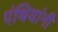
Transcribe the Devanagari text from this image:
पंथियांनी